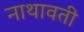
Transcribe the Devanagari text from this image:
नाथावती